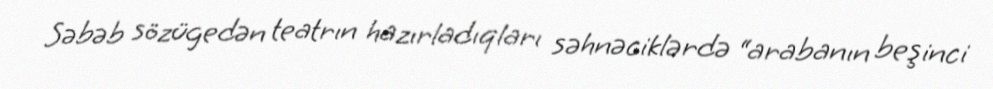
Səbəb sözügedən teatrın hazırladıqları səhnəciklərdə “arabanın beşinci